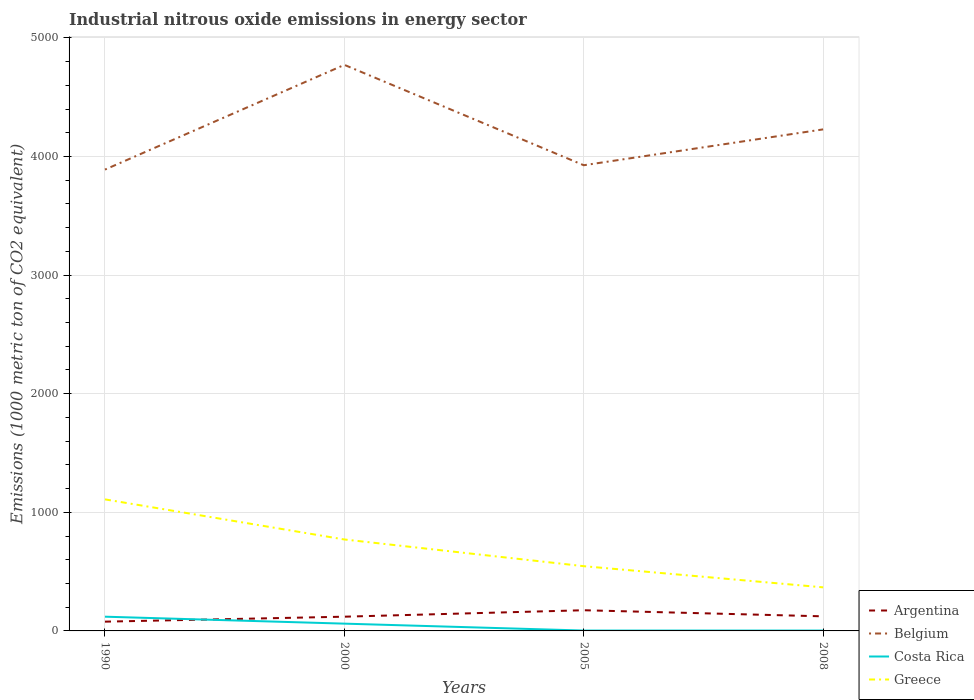
| Years | Argentina | Belgium | Costa Rica | Greece |
 | --- | --- | --- | --- | --- |
 | 1990 | 78.1 | 3.89e+03 | 120 | 1.11e+03 |
 | 2000 | 120 | 4.77e+03 | 61.4 | 771 |
 | 2005 | 174 | 3.93e+03 | 3.1 | 546 |
 | 2008 | 123 | 4.23e+03 | 3.1 | 367 |